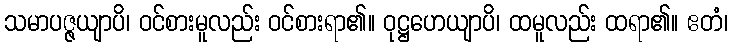
သမာပဇ္ဇယျာပိ၊ ဝင်စားမူလည်း ဝင်စားရာ၏။ ဝုဋ္ဌဟေယျာပိ၊ ထမူလည်း ထရာ၏။ ဧတံ၊